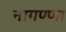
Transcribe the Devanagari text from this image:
नागण्णा